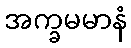
အက္ခမမာနံ